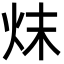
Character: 㶬